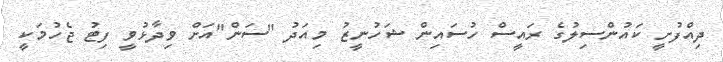
ދިއްފުށީ ކައުންސިލުގެ ރައީސް ހުސައިން ޝަހުނީޒު މިއަދު "ސަން"އަށް ވިދާޅުވީ ފިޓު ޖެހުމަކީ